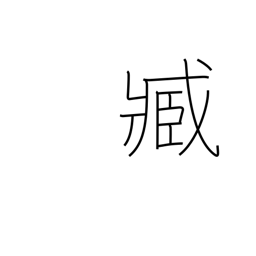
Meaning: servant